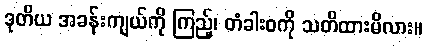
ဒုတိယ အခန်းကျယ်ကို ကြည့်၊ တံခါးဝကို သတိထားမိလား။